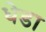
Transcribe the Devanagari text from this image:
धेडा